Annual report on the Civil Veterinary Department, Burma (including the Insein Veterinary School) - 1923-1931
Year: 1923
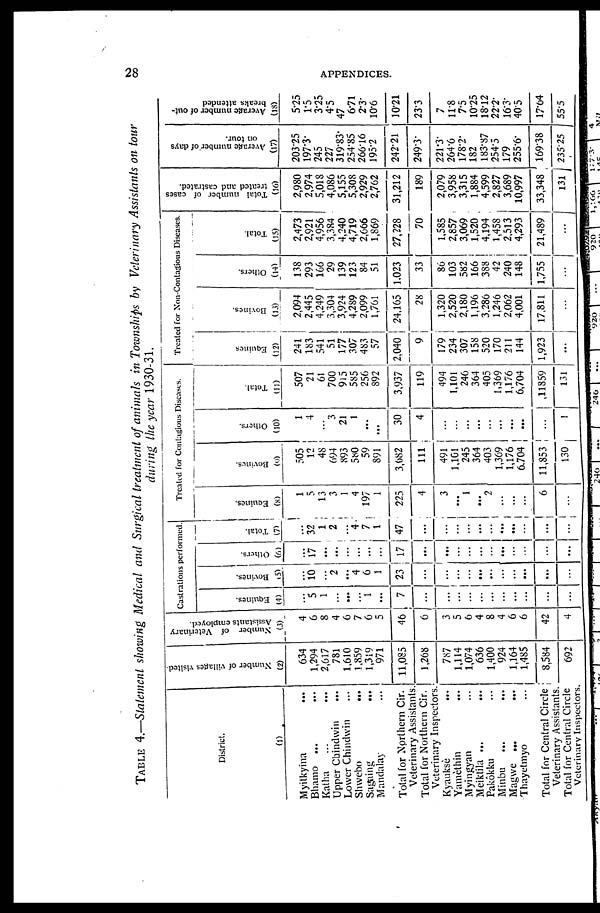
28
APPENDICES.
TABLE 4.—Statement showing Medical and Surgical treatment of animals in Townships by Veterinary Assistants on tour
during the year 1930-31.
District.
(1)
Myitkyina ...
Bhamo ... ...
Katha ... ...
Upper Chindwin ...
Lower Chindwin ...
Shwebo ...
Sagaing ...
Mandalay ...
Total for Northern Cir.
Veterinary Assistants.
Total for Northern Cir.
Veterinary Inspectors.
Kyauksè ...
Yamèthin ...
Myingyan ...
Meiktila ... ...
Pakôkku ...
Minbu ... ...
Magwe ... ...
Thayetmyo ...
Total for Central Circle
Veterinary Assistants.
Total for Central Circle
Veterinary Inspectors
Number
of villages visited
(2)
634
1,294
2,617
781
1,610
1,859
1,319
971
11,085
1,268
787
1 114
1,074
636
1 400
924
1,164
1,485
8,584
692
Number of Veterinary
Assistants employed.
(3)
4
6
8
4
6
7
6
5
46
6
3
5
6
4
8
4
6
6
42
4
Castrations performed.
Equines.
(4)
... 5
1
...
...
...
1
...
7
...
...
...
...
...
...
...
...
...
...
...
Bovines.
(5)
... 10
... ...
4
6
6 1
23
...
...
...
...
...
...
...
...
...
...
...
Ot her s .
(6)
...
17
...
...
...
...
...
17
...
...
...
...
...
...
...
...
...
...
...
Tot al .
(7)
...
32
1
2
4
7
1 1
47
...
...
...
...
...
...
...
...
...
...
...
Treated for Contagions Diseases.
Equi nes .
(8)
1
5
13
1
4
197
1
1
225
4
3
...
1
...
2
...
...
...
6
...
Bovines.
(9)
505
12
48
694
893
580
59
891
3,082
111
491
1,101
245
364
403
1,369
1,176
6,704
11,853
130
Ot her s .
(10)
1
4
...
21
1
...
...
...
30
4
...
...
...
...
...
...
...
...
...
1
Tot al .
(11)
507
21
61
700
915
585
256
892
3,937
119
494
1,101
246
364
405
1,369
1,176
6,704
11859
131
Treated for Non-Contagious Diseases.
Equi nes
(12)
241
183
541
51
177
307
483
57
2,040
9
179
234
307
158
520
170
211
144
1,923
...
Bovi nes .
(13)
2,094
2,445
4,249
3,304
3,924
4,289
2,099
1,761
24,165
28
1,320
2,520
2,180
1,196
3,286
1,246
2,062
4,001
17,811
...
Ot her s .
(14)
138
293
166
29
139
123
84
51
1,023
33
86
103
582
166
388
42
240
148
1,755
...
Tot al .
(15)
2,473
2,921
4,956
3,384
4,240
4,719
2,666
1,869
27,228
70
1,585
2,857
3,069
1,520
4,194
1,458
2,513
4,293
21,489
...
Total number of cases
treated and castrated.
(16)
2,980
2,974
5,018
4,086
5,155
5,308
2,929
2,762
31,212
189
2,079
3,958
3,315
1,884
4,599
2,827
3,689
10,997
33,348
131
Average number of days
on tour.
(17)
203.25
197.3
245
227
319.83
254.85
266.16
195.2
242.21
249.3
221.3.
264 6
178.2.
182
183.87
254.5
179
255.6.
169.38
235.25
Average number of out-
breaks attended
(18)
5.25
1.5
3.25
4.5
47
6.71
2.3
10.6
10.21
23.3
7
11.8
7.5
10.25
18.12
22.2.
16.3.
40.5
17.64
55.5